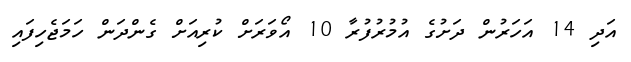
އަދި 14 އަހަރުން ދަށުގެ އުމުރުފުރާ 10 އޯވަރަށް ކުރިއަށް ގެންދަން ހަމަޖެހިފައި